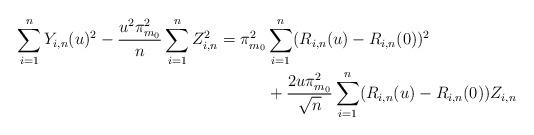
LaTeX: \begin{align*} \sum_{i=1}^nY_{i,n}(u)^2-\frac{u^2\pi_{m_0}^2}{n}\sum_{i=1}^nZ_{i,n}^2=\pi_{m_0}^2&\sum_{i=1}^n(R_{i,n}(u)-R_{i,n}(0))^2\\&+\frac{2u \pi_{m_0}^2}{\sqrt{n}}\sum_{i=1}^n(R_{i,n}(u)-R_{i,n}(0))Z_{i,n}\end{align*}